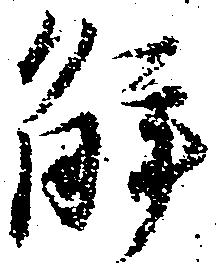
解